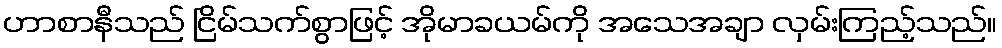
ဟာစာနီသည် ငြိမ်သက်စွာဖြင့် အိုမာခယမ်ကို အသေအချာ လှမ်းကြည့်သည်။